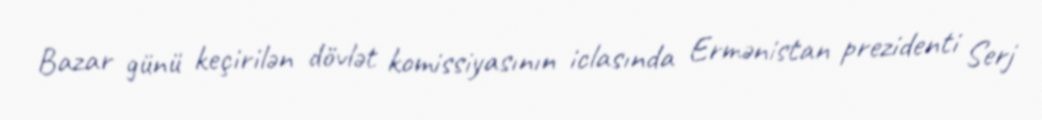
Bazar günü keçirilən dövlət komissiyasının iclasında Ermənistan prezidenti Serj